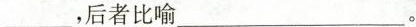
___，后者比喻___。